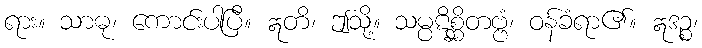
ရား။ သာဓု၊ ကောင်းပါပြီ။ ဣတိ၊ ဤသို့။ သမ္ပဋိစ္ဆိတဗ္ဗံ၊ ဝန်ခံရာ၏။ ဣဒဉ္စ၊